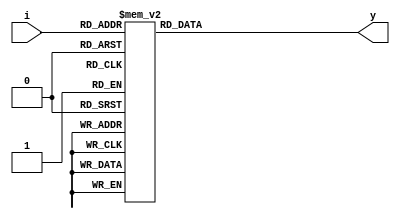
module decoder3to8
(input [2:0]i,
output reg [7:0]y);

always @(i)
begin
	case(i)
		3'b000 : y = 8'hfe;
		3'b001 : y = 8'hfd;
		3'b010 : y = 8'hfb;
		3'b011 : y = 8'hf7;
		3'b100 : y = 8'hef;
		3'b101 : y = 8'hdf;
		3'b110 : y = 8'hbf;
		3'b111 : y = 8'h7f;
	endcase
end

endmodule